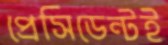
প্রেসিডেন্টই